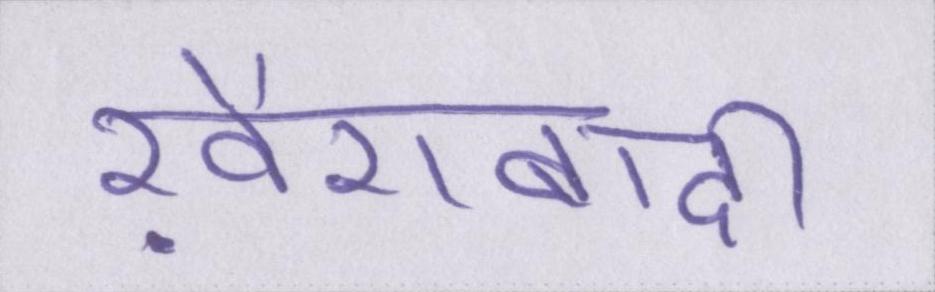
ख़ैराबादी